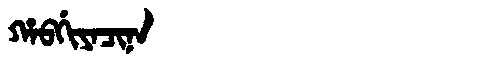
Manchu: ᡥᠠᠪᡤᡳᠶᠠᠴᡳᠨᠠ
Romanization: HABGIYACINA